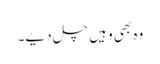
وہ بھی وہیں چل دیے۔